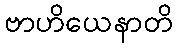
ဗာဟိယေနာတိ